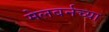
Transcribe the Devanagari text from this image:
मेलबर्नच्या